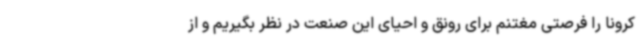
کرونا را فرصتی مغتنم برای رونق و احیای این صنعت در نظر بگیریم و از